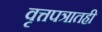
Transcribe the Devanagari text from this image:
वृत्तपत्रातही